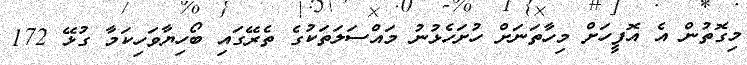
މިގޮތުން އެ އޮފީހަށް މިހާތަނަށް ހުށަހެޅުނު މައްސަލަތަކުގެ ތެރޭގައި ބޯހިޔާވަހިކަމާ ގުޅޭ 172